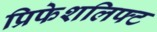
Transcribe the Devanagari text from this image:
प्रिफेशलिफ्ट